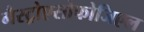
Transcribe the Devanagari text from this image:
गैस्ट्रोएसोफोजिएल